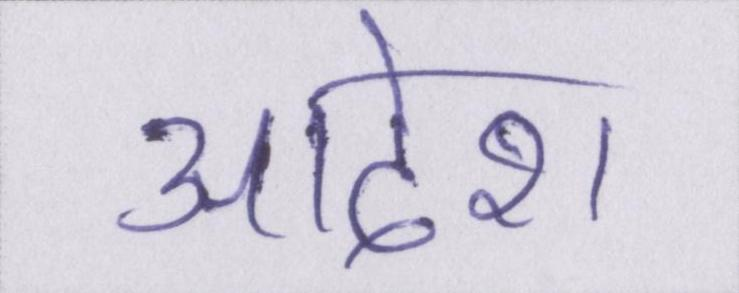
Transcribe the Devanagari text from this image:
आदेश